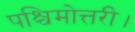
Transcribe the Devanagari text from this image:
पश्चिमोत्तरी।